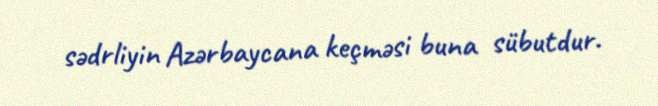
sədrliyin Azərbaycana keçməsi buna sübutdur.